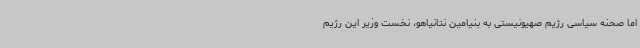
اما صحنه سیاسی رژیم صهیونیستی به بنیامین نتانیاهو، نخست وزیر این رژیم